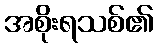
အစိုးရသစ်၏